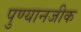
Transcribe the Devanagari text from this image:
पुण्यानजीक